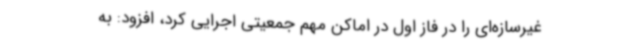
غیرسازه‌ای را در فاز اول در اماکن مهم جمعیتی اجرایی کرد، افزود: به